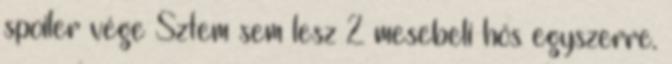
spoiler vége Sztem sem lesz 2 mesebeli hős egyszerre.